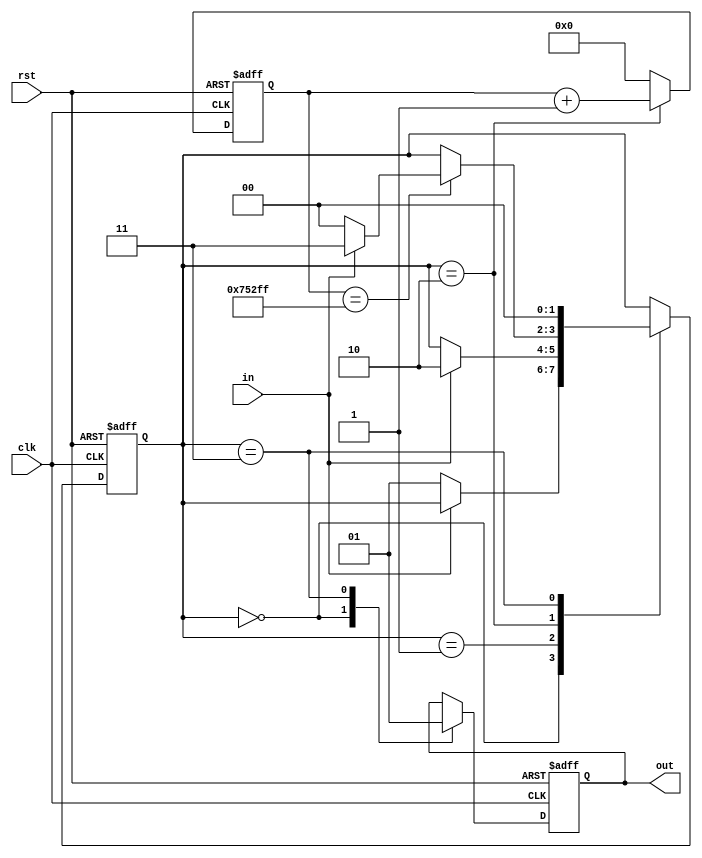
// One possible way to debounce a button press (using a Moore state machine)
// 
// Inputs:
//      clk         - 12 MHz clock
//      rst         - reset signal
//      in          - input signal
// 
// Outputs:
//      out         - output signal (debounced)
// 
// Single pulse sent on out when in signal goes high for some time.
//
// License: 0BSD

// Use a state machine to debounce a button
module debouncer #(

    // Max counts for wait state (40 ms with 12 MHz clock)
    parameter                   COUNT_WIDTH     = 20,
    parameter [COUNT_WIDTH:0]   MAX_CLK_COUNT   = 480000 - 1
) (

    // Inputs
    input               clk,
    input               rst,
    input               in,
    
    // Outputs
    output  reg         out
);

    // States
    localparam  STATE_HIGH      = 2'd0;
    localparam  STATE_LOW       = 2'd1;    
    localparam  STATE_WAIT      = 2'd2;
    localparam  STATE_PRESSED   = 2'd3;
    
    // Internal storage elements
    reg [1:0]           state;
    reg [COUNT_WIDTH:0] clk_count;
    
    // State transition logic
    always @ (posedge clk or posedge rst) begin
    
        // On reset, return to idle state
        if (rst == 1'b1) begin
            state <= STATE_HIGH;
            out <= 1'b0;
            
        // Define the state transitions
        end else begin
            case (state)
            
                // Wait for increment signal to go from high to low
                STATE_HIGH: begin
                    out <= 1'b0;
                    if (in == 1'b0) begin
                        state <= STATE_LOW;
                    end
                end
                
                // Wait for increment signal to go from low to high
                STATE_LOW: begin
                    if (in == 1'b1) begin
                        state <= STATE_WAIT;
                    end
                end
                
                // Wait for count to be done and sample button again
                STATE_WAIT: begin
                    if (clk_count == MAX_CLK_COUNT) begin
                        if (in == 1'b1) begin
                            state <= STATE_PRESSED;
                        end else begin
                            state <= STATE_HIGH;
                        end
                    end
                end
                
                // If button is still pressed
                STATE_PRESSED: begin
                    out <= 1'b1;
                    state <= STATE_HIGH;
                end
                
                    
                // Default case: return to idle state
                default: state <= STATE_HIGH;
            endcase
        end
    end
    
    // Run counter if in wait state
    always @ (posedge clk or posedge rst) begin
        if (rst == 1'b1) begin
            clk_count <= 0;
        end else begin
            if (state == STATE_WAIT) begin
                clk_count <= clk_count + 1;
            end else begin
                clk_count <= 0;
            end
        end
    end
    
endmodule